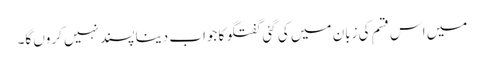
میں اس قسم کی زبان میں کی گئی گفتگو کا جواب دینا پسند نہیں کروں گا۔